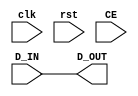
module Register_and_mux_pair #(parameter WIDTH = 18, REG_SEL = 0, RSTTYPE = "SYNC")
(
	input wire [WIDTH-1:0] D_IN,
	input wire 			   clk,
	input wire 			   rst,
	input wire			   CE,
	output reg [WIDTH-1:0] D_OUT
);


	generate 
		if (REG_SEL) begin
			// reg
			if (RSTTYPE == "SYNC") begin
				// sync rst type
				always @(posedge clk) begin
					if (rst)
						D_OUT <= 'b0;
					else if (CE) 
						D_OUT <= D_IN;
				end
			end
			else if (RSTTYPE == "ASYNC") begin
				// async rst type
				always @(posedge clk or posedge rst) begin
					if (rst) 
						D_OUT <= 'b0;
					else if (CE)
						D_OUT <= D_IN;
				end
			end
		end	
		else begin
			// comb
			always @(*) begin
				D_OUT = D_IN;
			end			
		end		
	endgenerate


endmodule